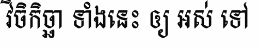
វិចិកិច្ឆា ទាំងនេះ ឲ្យ អស់ ទៅ